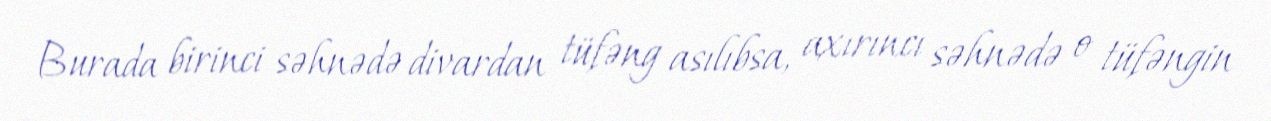
Burada birinci səhnədə divardan tüfəng asılıbsa, axırıncı səhnədə o tüfəngin